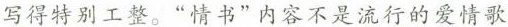
写的特别工整。“情书”内容不是流行的爱情歌